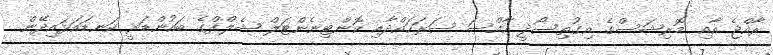
ރާއްޖެ އާއި މޮރިޝަސްގެ އިގުތިސޯދީ ހާއްސަ ސަރަހައްދާއި ކޮންޓިނެންޓަލް ޝެލްފްގެ ބައުންޑަރީ ކަނޑައަޅައިދޭން